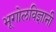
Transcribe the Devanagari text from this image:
भूगोलविज्ञानी